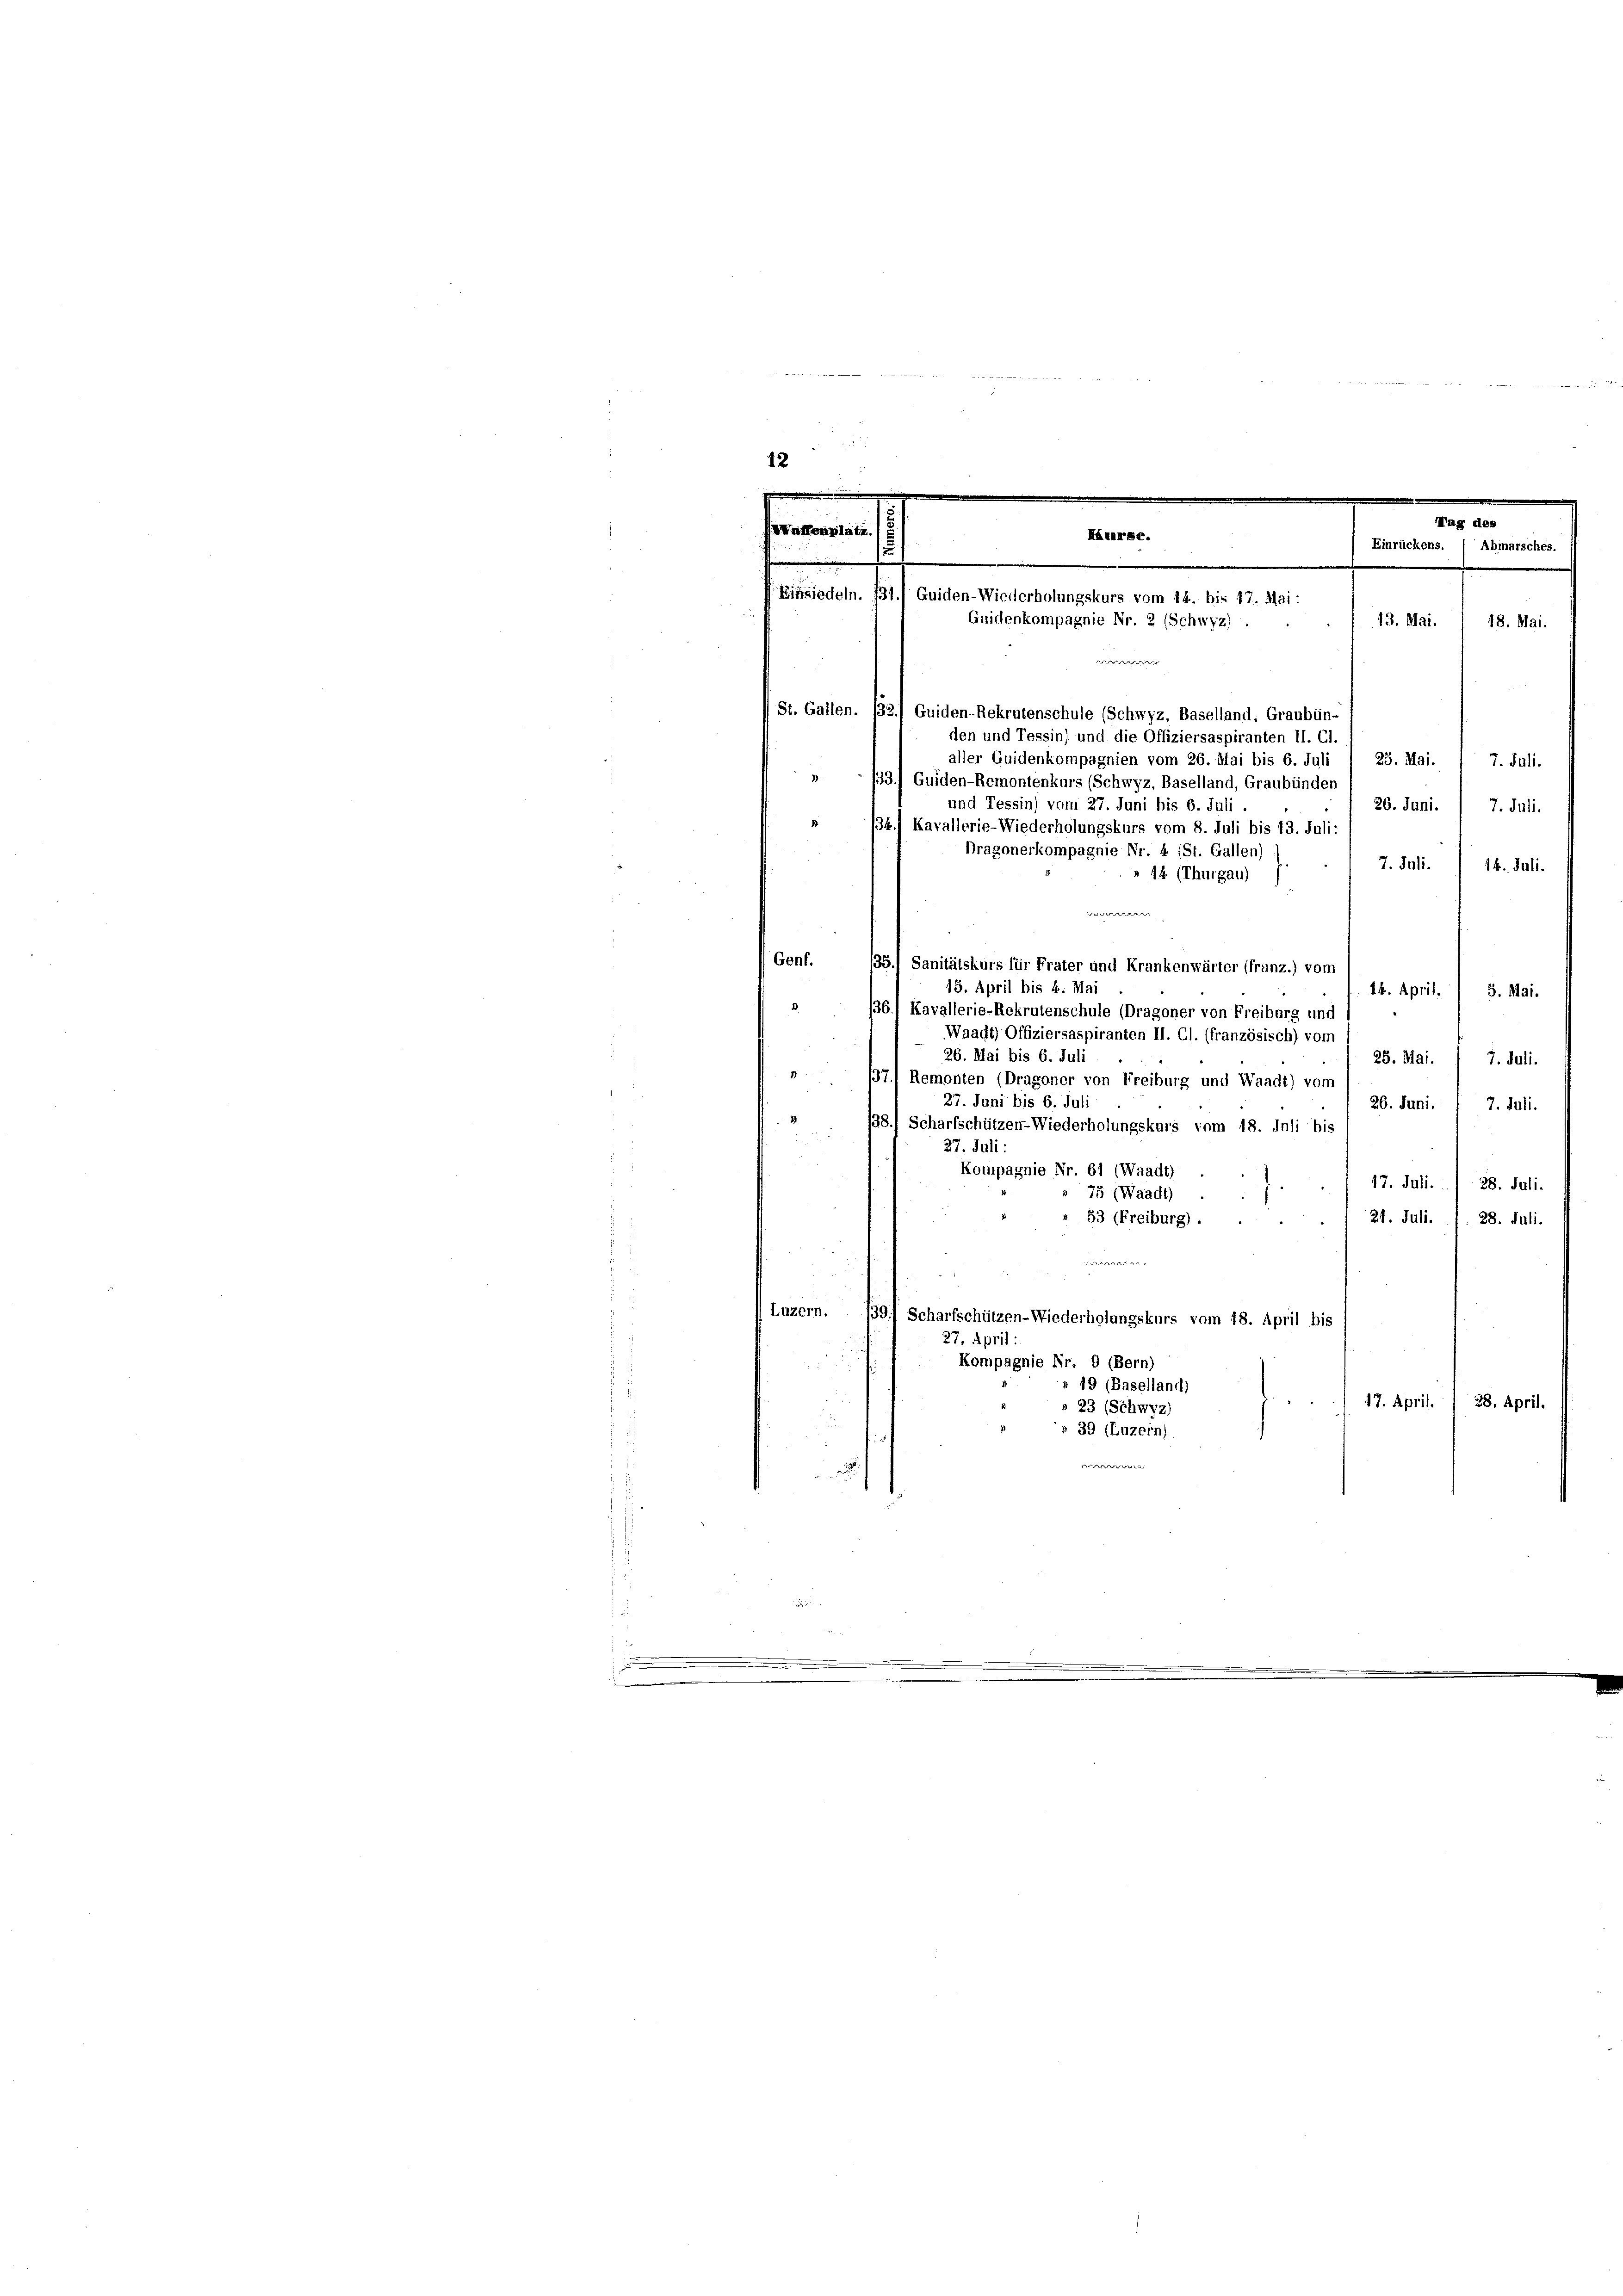
7. Juli.
7. Juli.
14. Juli.
» 44 (Thurgau)
Genf. 135.) Sanitätskurs für Frater und Krankenwärter (franz.) vom
15. April bis 4. Mai
14. April. 3. Mai.
361 Kavallerie-Rekrutenschule (Dragoner von Freiburg und
Waadt) Offiziersaspiranten II. Cl. (französisch) vom
26. Mai bis 6. Juli
25. Mai.
7. Juli.
 1371 Remonten (Dragoner von Freiburg und Waadt) vom
27. Juni bis 6. Jul
26. Juni.
7. Juli.
» 138.) Scharfschützen-Wiederholungskurs vom 18. Juli bis
27. Juli:
Kompagnie Nr. 61 (Waadt)
47. Juli. . 28. Juli.
75 (Waadt)
21. Juli. 1. 28. Juli.
» 53 (Freiburg).
 Feder
Luzern. 139.) Scharfschützen-Wiederholungskurs vom 18. April bis
27. April
Kompagnie Nr. 9 (Bern)
» 19 (Baselland)
17. April. 1 28. April.
» 23 (Schwyz)
» 39 (Luzern)

u

Mag des
Waffenplatz.
Hurse.
Einrückens. / Abmarsches.
Einsiedeln. 131.) Guiden-Wiederholungskurs vom 14. bis 17. Mai:
13. Mai.
Gnidenkompagnie Nr. 2 (Schwyz).
18. Mai.
t

St. Gallen. 132.) Guiden-Rekrutenschule (Schwyz, Baselland, Graubün-
aller Guidenkompagnien vom 26. Mai bis 6. Juli 1 23. Mai.
33.) Guiden-Remontenkurs (Schwyz, Baselland, Graubünden
und Tessin) vom 27. Juni bis 6. Juli
1
I4.1 Kavallerie-Wiederholungskurs vom 8. Juli bis 13. Juli:
Dragonerkompagnie Nr. 4 (St. Gallen)

den und Tessin) und die Offiziersaspiranten II. Cl.

e |

26. Juni. / 7. Juli.